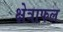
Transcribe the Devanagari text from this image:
क्षेत्राफल